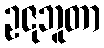
ဥဇုဘူတာ